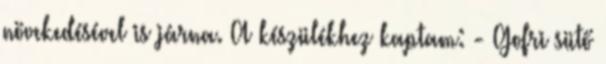
növekedésével is járna. A készülékhez kaptam: - Gofri sütő